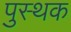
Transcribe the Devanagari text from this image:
पुस्थक